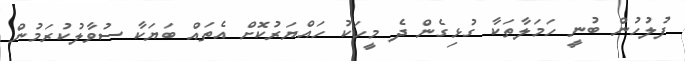
ފުލުހުން ބުނީ ހަމަލާތަކާ ގުޅިގެން ދެ މީހަކު ހައްޔަރުކޮށް އެތައް ބަޔަކާ ސުވާލުކުރަމުން